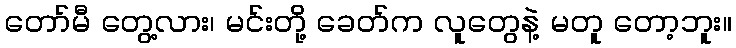
တော်မီ တွေ့လား၊ မင်းတို့ ခေတ်က လူတွေနဲ့ မတူ တော့ဘူး။